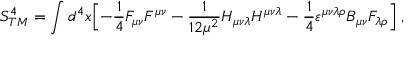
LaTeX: S _ { T M } ^ { 4 } = \int d ^ { 4 } x \Bigl [ - { \frac { 1 } { 4 } } F _ { \mu \nu } F ^ { \mu \nu } - { \frac { 1 } { 1 2 \mu ^ { 2 } } } H _ { \mu \nu \lambda } H ^ { \mu \nu \lambda } - { \frac { 1 } { 4 } } \varepsilon ^ { \mu \nu \lambda \rho } B _ { \mu \nu } F _ { \lambda \rho } \Bigl ] \; ,